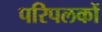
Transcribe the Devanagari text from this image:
परिपलकों